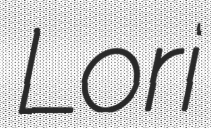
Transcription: Lori